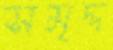
সমৃদ্দ